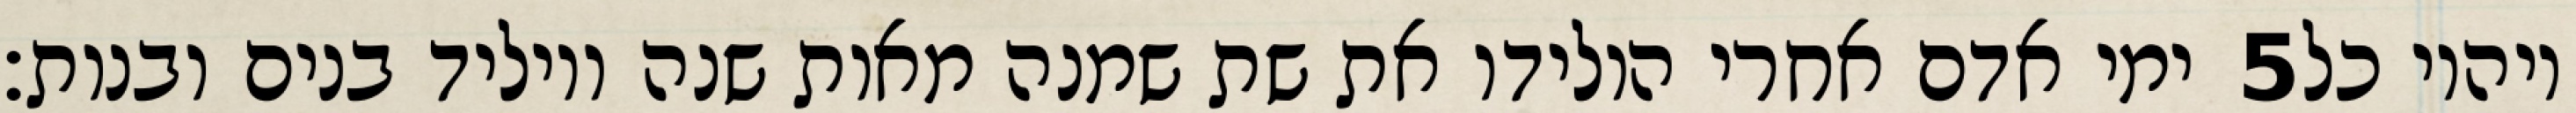
ימי אדם אחרי הולידו את שת שמנה מאות שנה ויוליד בנים ובנות׃ ‎5‏ ויהיו כל